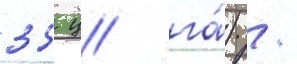
35 ц/ га́) /